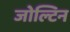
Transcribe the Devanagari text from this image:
जोल्टिन